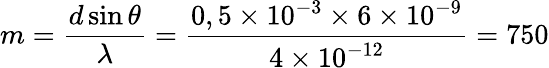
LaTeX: m=\frac{d\sin\theta}{\lambda}=\frac{0,5\times 10^{-3}\times 6\times 10^{-9}}{4\times 10^{-12}}=750